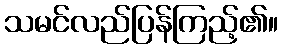
သမင်လည်ပြန်ကြည့်၏။